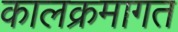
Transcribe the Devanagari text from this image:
कालक्रमागत